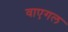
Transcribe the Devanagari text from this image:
वाएगल